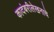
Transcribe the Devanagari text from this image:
कादंबरीलेखनाचे